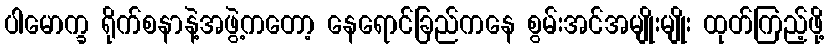
ပါမောက္ခ ရိုက်စနာနဲ့အဖွဲ့ကတော့ နေရောင်ခြည်ကနေ စွမ်းအင်အမျိုးမျိုး ထုတ်ကြည့်ဖို့